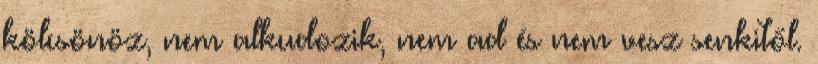
kölcsönöz, nem alkudozik, nem ad és nem vesz senkitől.